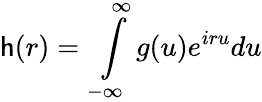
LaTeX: \mathsf{h}(r)=\int\limits_{-\infty}^{\infty}g(u)e^{iru}du